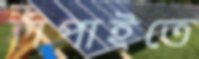
হাঁপাইতে